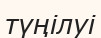
түңілуі